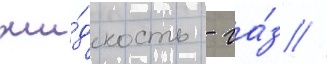
жи́дкость - га́з //